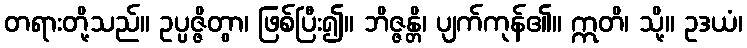
တရားတို့သည်။ ဥပ္ပဇ္ဇိတွာ၊ ဖြစ်ပြီး၍။ ဘိဇ္ဇန္တိ၊ ပျက်ကုန်၏။ ဣတိ၊ သို့။ ဥဒယံ၊